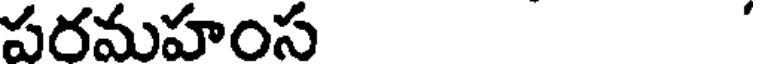
పరమహంస